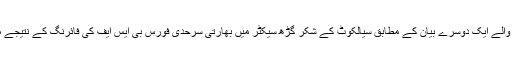
فوج کی جانب سے جاری ہونے والے ایک دوسرے بیان کے مطابق سیالکوٹ کے شکر گڑھ سیکٹر میں بھارتی سرحدی فورس بی ایس ایف کی فائرنگ کے نتیجے میں دو عام شہری ہلاک ہو گئے۔